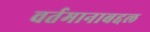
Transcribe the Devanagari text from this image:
वर्तमानाबद्दल